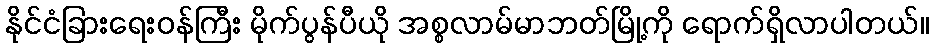
နိုင်ငံခြားရေးဝန်ကြီး မိုက်ပွန်ပီယို အစ္စလာမ်မာဘတ်မြို့ကို ရောက်ရှိလာပါတယ်။